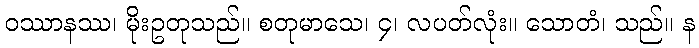
ဝဿာနဿ၊ မိုးဥတုသည်။ စတုမာသေ၊ ၄၊ လပတ်လုံး။ သောတံ၊ သည်။ န